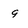
Character: 9